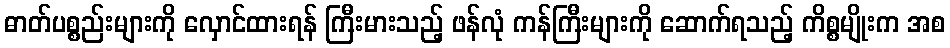
ဓာတ်ပစ္စည်းများကို လှောင်ထားရန် ကြီးမားသည့် ဖန်လုံ ကန်ကြီးများကို ဆောက်ရသည့် ကိစ္စမျိုးက အစ